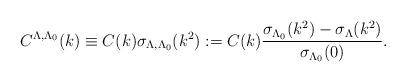
LaTeX: \begin{align*} C^{\Lambda,\Lambda_0}(k) \equiv C(k) \sigma_{\Lambda,\Lambda_0}(k^2) : = C(k) \frac{\sigma _{\Lambda_0}(k^2) - \sigma _{\Lambda}(k^2)}{\sigma _{\Lambda_0}(0)} .\end{align*}